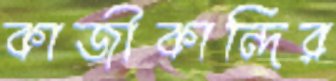
কাজীকান্দির